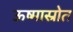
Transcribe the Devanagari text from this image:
ऊष्मास्रोत